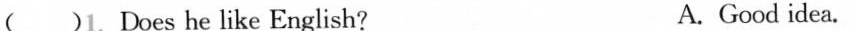
( )1. Does he like English? A.Good idea.